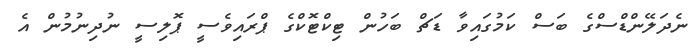
ނެދަލޭންޑްސްގެ ބަސް ކަމުގައިވާ ޑަޗް ބަހުން ޓިކްޓޮކްގެ ޕްރައިވެސީ ޕޮލިސީ ނުދިނުމުން އެ